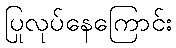
ပြုလုပ်နေကြောင်း